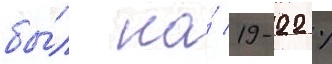
бы́л на́ 19-22 %